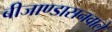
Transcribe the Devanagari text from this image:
बीजाण्डासनवाले